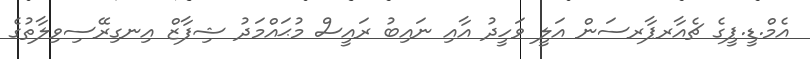
އެމް.ޑީ.ޕީގެ ޗެއާރޕާރސަން އަލީ ވަހީދު އާއި ނައިބު ރައީސް މުޙައްމަދު ޝިފާޒް އިނގިރޭސިވިލާތުގެ